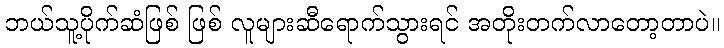
ဘယ်သူ့ပိုက်ဆံဖြစ် ဖြစ် လူများဆီရောက်သွားရင် အတိုးတက်လာတော့တာပဲ။